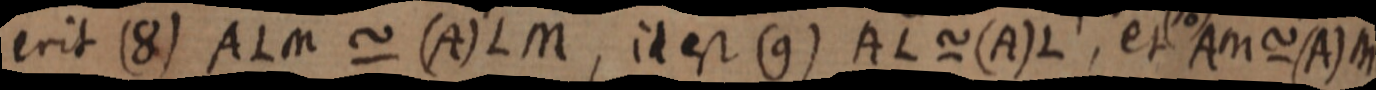
erit (8) ALM ~ (A) LM, id est (9) AL ~ (A) L, et AM ~ (A) M